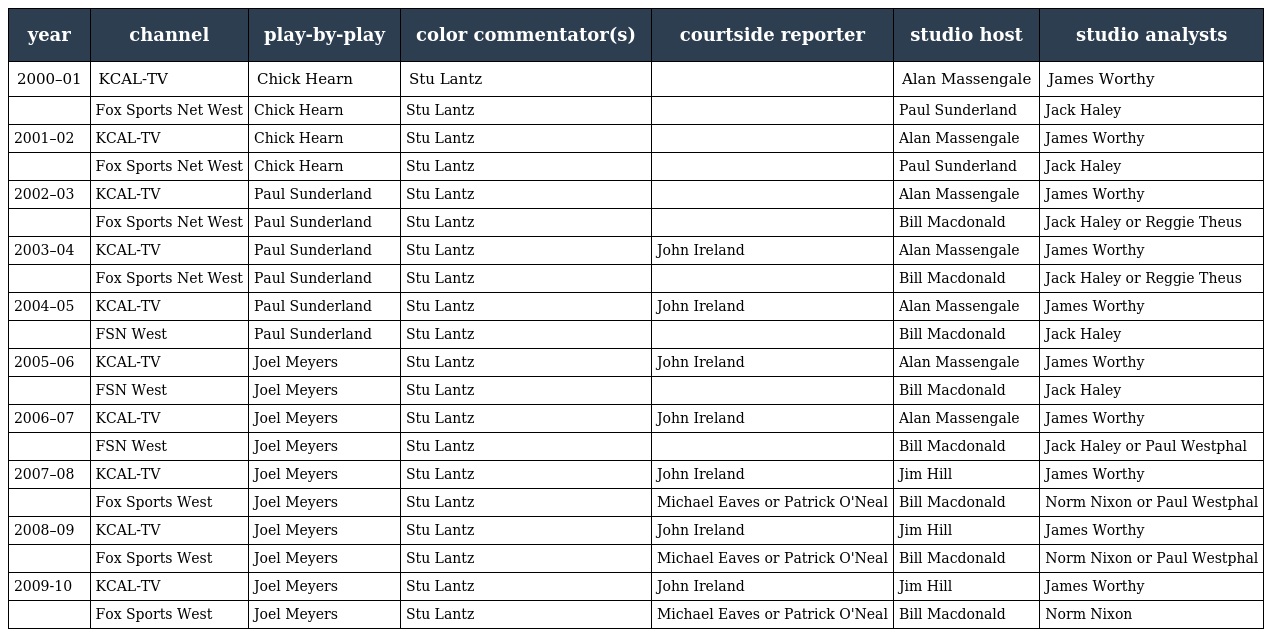
| year | channel | play-by-play | color commentator(s) | courtside reporter | studio host | studio analysts |
 | --- | --- | --- | --- | --- | --- | --- |
 | 2000–01 | KCAL-TV | Chick Hearn | Stu Lantz |  | Alan Massengale | James Worthy |
 |  | Fox Sports Net West | Chick Hearn | Stu Lantz |  | Paul Sunderland | Jack Haley |
 | 2001–02 | KCAL-TV | Chick Hearn | Stu Lantz |  | Alan Massengale | James Worthy |
 |  | Fox Sports Net West | Chick Hearn | Stu Lantz |  | Paul Sunderland | Jack Haley |
 | 2002–03 | KCAL-TV | Paul Sunderland | Stu Lantz |  | Alan Massengale | James Worthy |
 |  | Fox Sports Net West | Paul Sunderland | Stu Lantz |  | Bill Macdonald | Jack Haley or Reggie Theus |
 | 2003–04 | KCAL-TV | Paul Sunderland | Stu Lantz | John Ireland | Alan Massengale | James Worthy |
 |  | Fox Sports Net West | Paul Sunderland | Stu Lantz |  | Bill Macdonald | Jack Haley or Reggie Theus |
 | 2004–05 | KCAL-TV | Paul Sunderland | Stu Lantz | John Ireland | Alan Massengale | James Worthy |
 |  | FSN West | Paul Sunderland | Stu Lantz |  | Bill Macdonald | Jack Haley |
 | 2005–06 | KCAL-TV | Joel Meyers | Stu Lantz | John Ireland | Alan Massengale | James Worthy |
 |  | FSN West | Joel Meyers | Stu Lantz |  | Bill Macdonald | Jack Haley |
 | 2006–07 | KCAL-TV | Joel Meyers | Stu Lantz | John Ireland | Alan Massengale | James Worthy |
 |  | FSN West | Joel Meyers | Stu Lantz |  | Bill Macdonald | Jack Haley or Paul Westphal |
 | 2007–08 | KCAL-TV | Joel Meyers | Stu Lantz | John Ireland | Jim Hill | James Worthy |
 |  | Fox Sports West | Joel Meyers | Stu Lantz | Michael Eaves or Patrick O'Neal | Bill Macdonald | Norm Nixon or Paul Westphal |
 | 2008–09 | KCAL-TV | Joel Meyers | Stu Lantz | John Ireland | Jim Hill | James Worthy |
 |  | Fox Sports West | Joel Meyers | Stu Lantz | Michael Eaves or Patrick O'Neal | Bill Macdonald | Norm Nixon or Paul Westphal |
 | 2009-10 | KCAL-TV | Joel Meyers | Stu Lantz | John Ireland | Jim Hill | James Worthy |
 |  | Fox Sports West | Joel Meyers | Stu Lantz | Michael Eaves or Patrick O'Neal | Bill Macdonald | Norm Nixon |